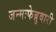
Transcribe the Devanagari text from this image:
जन्मःफेब्रुवारी